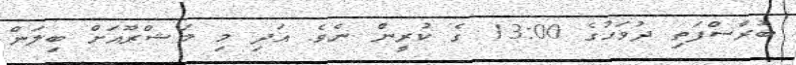
ބުރާސްފަތި ދުވަހުގެ 13:00 ގެ ކުރީން ނެވެ. އަދި މި މަޝްރޫއަށް ބިލަން